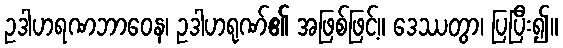
ဥဒါဟရဏဘာဝေန၊ ဥဒါဟရုဏ်၏ အဖြစ်ဖြင့်။ ဒေဿတွာ၊ ပြပြီး၍။